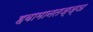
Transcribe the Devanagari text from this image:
हवामानतज्ज्ञ